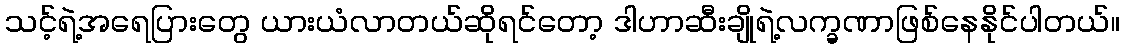
သင့်ရဲ့အရေပြားတွေ ယားယံလာတယ်ဆိုရင်တော့ ဒါဟာဆီးချိုရဲ့လက္ခဏာဖြစ်နေနိုင်ပါတယ်။